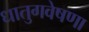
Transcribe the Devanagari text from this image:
धातुगवेषणा